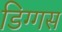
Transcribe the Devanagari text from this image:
डिग्गस